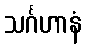
သင်္ဂဟာနံ